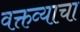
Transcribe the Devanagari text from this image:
वक्तव्याचा